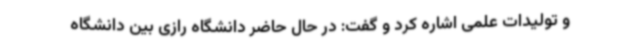
و تولیدات علمی اشاره کرد و گفت: در حال حاضر دانشگاه رازی بین دانشگاه